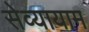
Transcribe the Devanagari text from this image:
सेव्यायाम